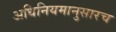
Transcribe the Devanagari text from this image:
अधिनियमानुसारच